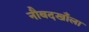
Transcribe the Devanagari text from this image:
नौबदखाँला